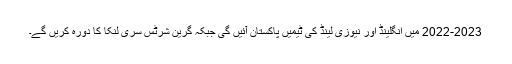
2022-2023 میں انگلینڈ اور نیوزی لینڈ کی ٹیمیں پاکستان آئیں گی جبکہ گرین شرٹس سری لنکا کا دورہ کریں گے۔